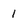
Character: 1